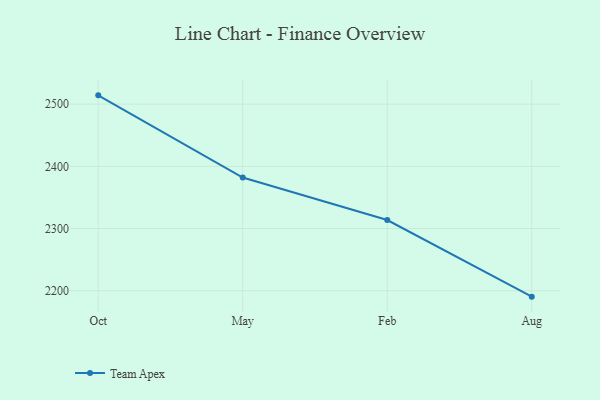
{"axis": {"x": "Month", "y": "Active Users"}, "legend": ["Team Apex"], "data": [{"x": "Oct", "y": 2514.1, "type": "Team Apex"}, {"x": "May", "y": 2382.0, "type": "Team Apex"}, {"x": "Feb", "y": 2313.7, "type": "Team Apex"}, {"x": "Aug", "y": 2190.5, "type": "Team Apex"}]}